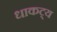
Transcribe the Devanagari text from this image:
धाकट्य